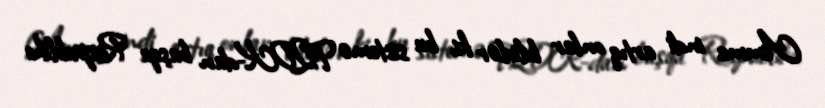
Amma indi artıq onlar bilirlər ki, bu sistemə TQDK-dan başqa Respublika